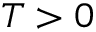
T > 0